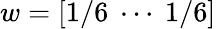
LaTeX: w=[1/6~\cdots~1/6]